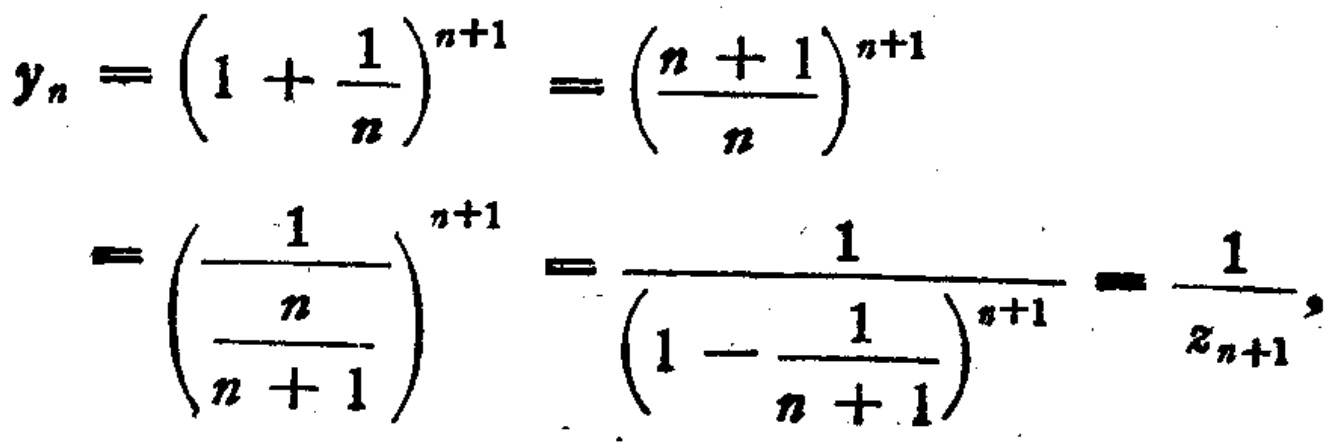
\[

\begin{align*}

y_{n}&=\left(1 + \frac{1}{n}\right)^{n + 1}=\left(\frac{n + 1}{n}\right)^{n + 1}\\

&=\left(\frac{1}{\frac{n}{n + 1}}\right)^{n + 1}=\frac{1}{\left(1-\frac{1}{n + 1}\right)^{n + 1}}=\frac{1}{z_{n+1}}

\end{align*}

\]